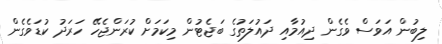
ލިބުން އަވަސް ވެގެން ދިއުމާއި ދައުލަތުގެ ބަޖެޓުން މިކަަމަށް ކުރަންޖެހޭ ހަރަދު ކުޑަވެގެން